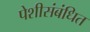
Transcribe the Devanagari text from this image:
पेशीसंबंधित